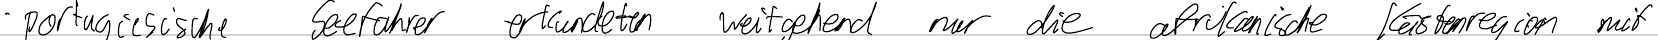
- portugiesische Seefahrer erkundeten weitgehend nur die afrikanische Küstenregion mit